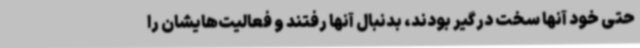
حتی خود آنها سخت درگیر بودند، بدنبال آنها رفتند و فعالیت‌هایشان را